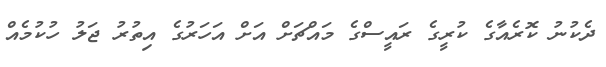
ދެކުނު ކޮރެއާގެ ކުރީގެ ރައީސްގެ މައްޗަށް އަށް އަހަރުގެ އިތުރު ޖަލު ހުކުމެއް